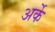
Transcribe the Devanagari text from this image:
अर्के